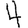
Digit: 4